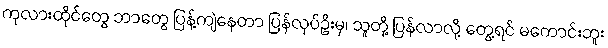
ကုလားထိုင်တွေ ဘာတွေ ပြန့်ကျဲနေတာ ပြန်လုပ်ဦးမှ၊ သူတို့ ပြန်လာလို့ တွေ့ရင် မကောင်းဘူး